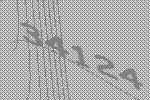
34124